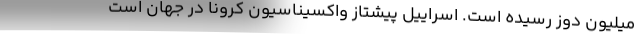
میلیون دوز رسیده است. اسراییل پیشتاز واکسیناسیون کرونا در جهان است